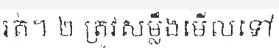
រត់។ ២ ត្រូវសម្លឹងមើលទៅ